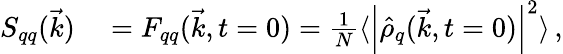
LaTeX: \begin{array}{rl}{S_{qq}(\vec{k})}&{{}=F_{qq}(\vec{k},t=0)=\frac{1}{N}\langle\left|\hat{\rho}_{q}(\vec{k},t=0)\right|^{2}\rangle\, ,}\end{array}